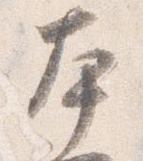
本